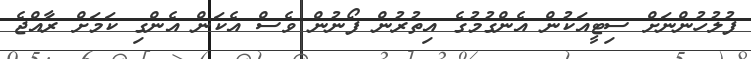
ފުލުހުންނަށް ސިޓީއަކުން އެންގުމުގެ އިތުރުން ފޯނުން ވެސް އެކަން އެންގި ކަމަށް ރާއްޖެ